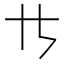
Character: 𪜀